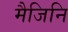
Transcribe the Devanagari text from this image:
मैजिनि